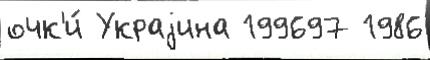
очк'и́ Украjина 199697 1986